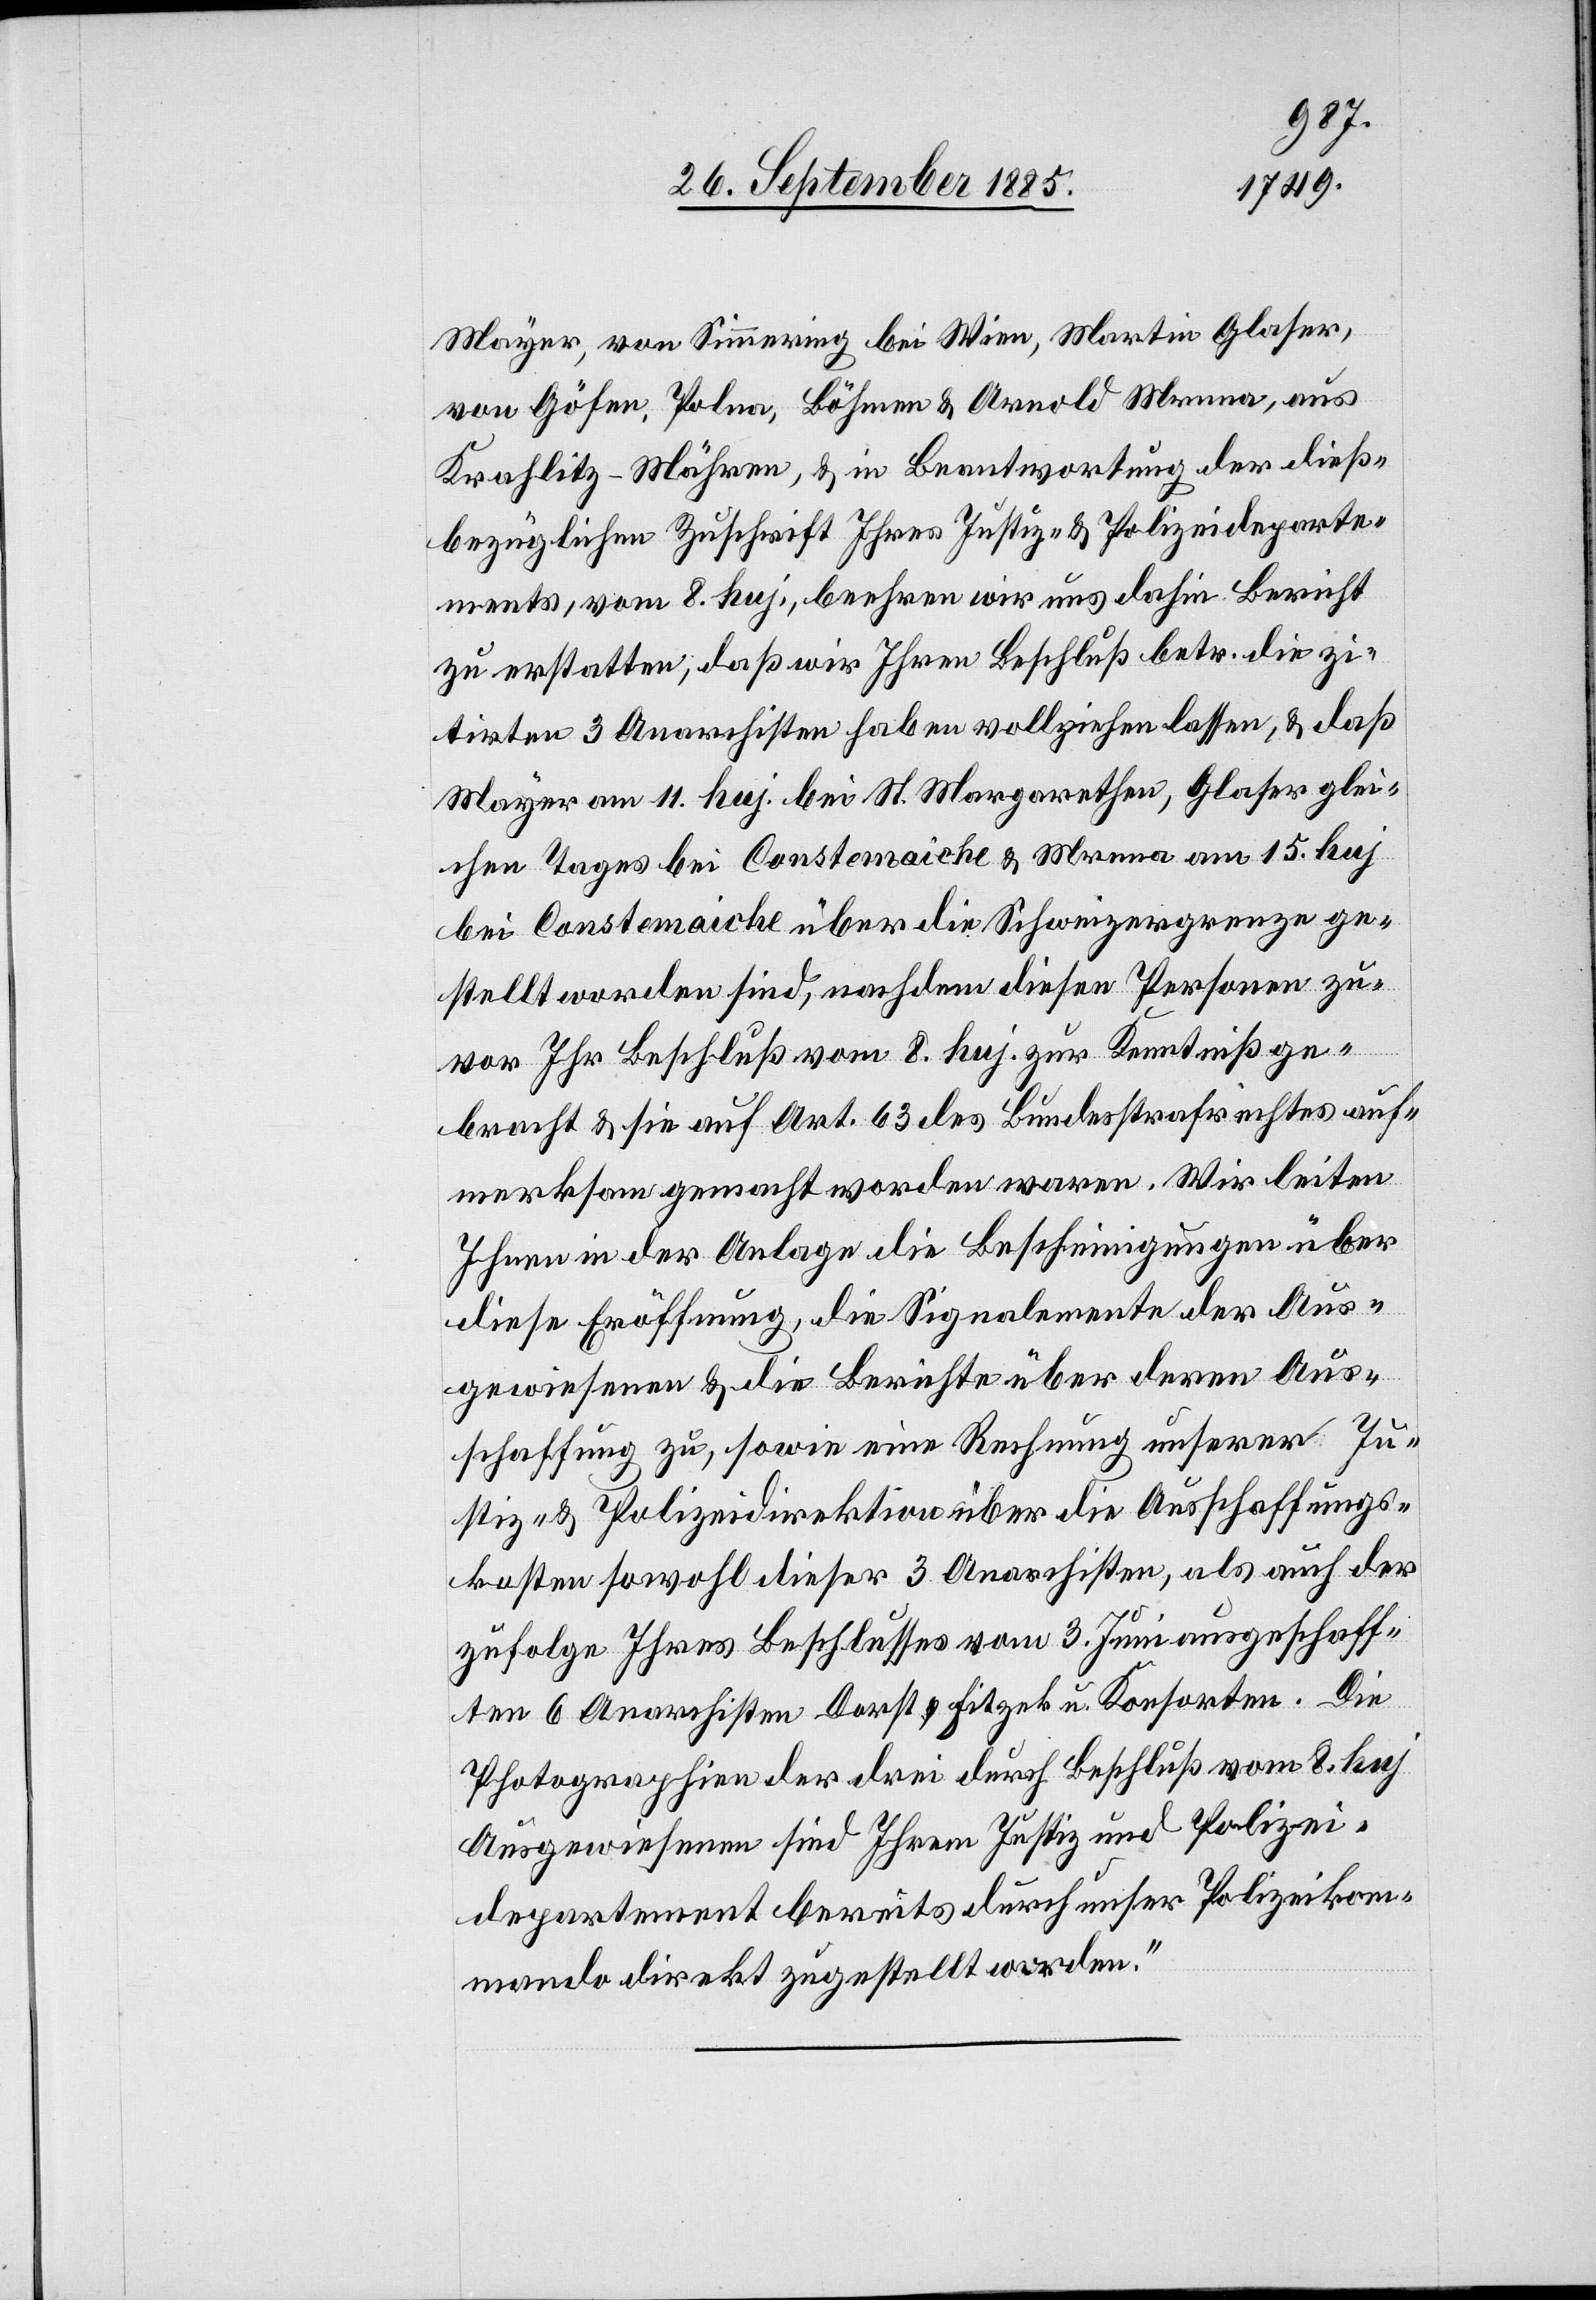
[rec¬
Mayer, von Simmering bei Wien, Martin Glaser
von Göfen, Polna, Böhmen & Arnold Mrena, aus
Krahlitz - Mähren, & in Beantwortung der dieß¬
bezüglichen Zuschrift Ihres Justiz- & Polizeideparte¬
ments, vom 8. huj., beehren wir uns dahin Bericht
zu erstatten, daß wir Ihren Beschluß betr. die zi¬
tirten 3 Anarchisten haben vollziehen lassen, & daß
Mayer am 11. huj. bei St. Margarethen, Glaser glei¬
chen Tages bei Constemaiche & Mrena am 15. huj
te: Courtemaîche] über die Schweizergrenze ge¬
stellt worden sind, nachdem diesen Personen zu¬
vor Ihr Beschluß vom 8. huj. zur Kenntniß ge¬
bracht & sie auf Art. 63 des Bundesstrafrechtes auf¬
merksam gemacht worden waren. Wir leiten
Ihnen in der Anlage die Bescheinigungen über
diese Eröffnung, die Signalemente der Aus¬
gewiesenen & die Berichte über deren Aus¬
schaffung zu, sowie eine Rechnung unserer Ju¬
stiz- & Polizeidirektion über die Ausschaffungs¬
kosten sowohl dieser 3 Anarchisten, als auch der
zufolge Ihres Beschlusses vom 3. Juni ausgeschaff¬
ten 6 Anarchisten Dorst, Fitzek u. Konsorten. Die
Photographien der drei durch Beschluß vom 8. huj
Ausgewiesenen sind Ihrem Justiz[-] und Polizei¬
departement bereits durch unser Polizeikom¬
mando direkt zugestellt worden.“